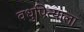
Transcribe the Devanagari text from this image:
वधुपित्याला